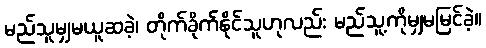
မည်သူမျှမယူဆခဲ့၊ တိုက်ခိုက်နိုင်သူဟုလည်း မည်သူ့ကိုမျှမမြင်ခဲ့။